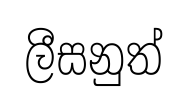
ලීසනුත්